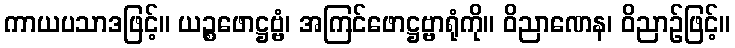
ကာယပသာဒဖြင့်။ ယဉ္စဖောဋ္ဌဗ္ဗံ၊ အကြင်ဖောဋ္ဌဗ္ဗာရုံကို။ ဝိညာဏေန၊ ဝိညာဉ်ဖြင့်။